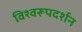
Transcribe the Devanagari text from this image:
विश्‍वरूपदर्शन